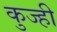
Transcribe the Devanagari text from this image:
कुज्ही